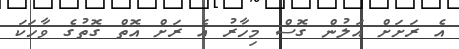
އެ ރަށަށް އަލުން ގޮސް މިހާރު އެ ރަށް އޮތް ގޮތުގެ ވާހަކަ